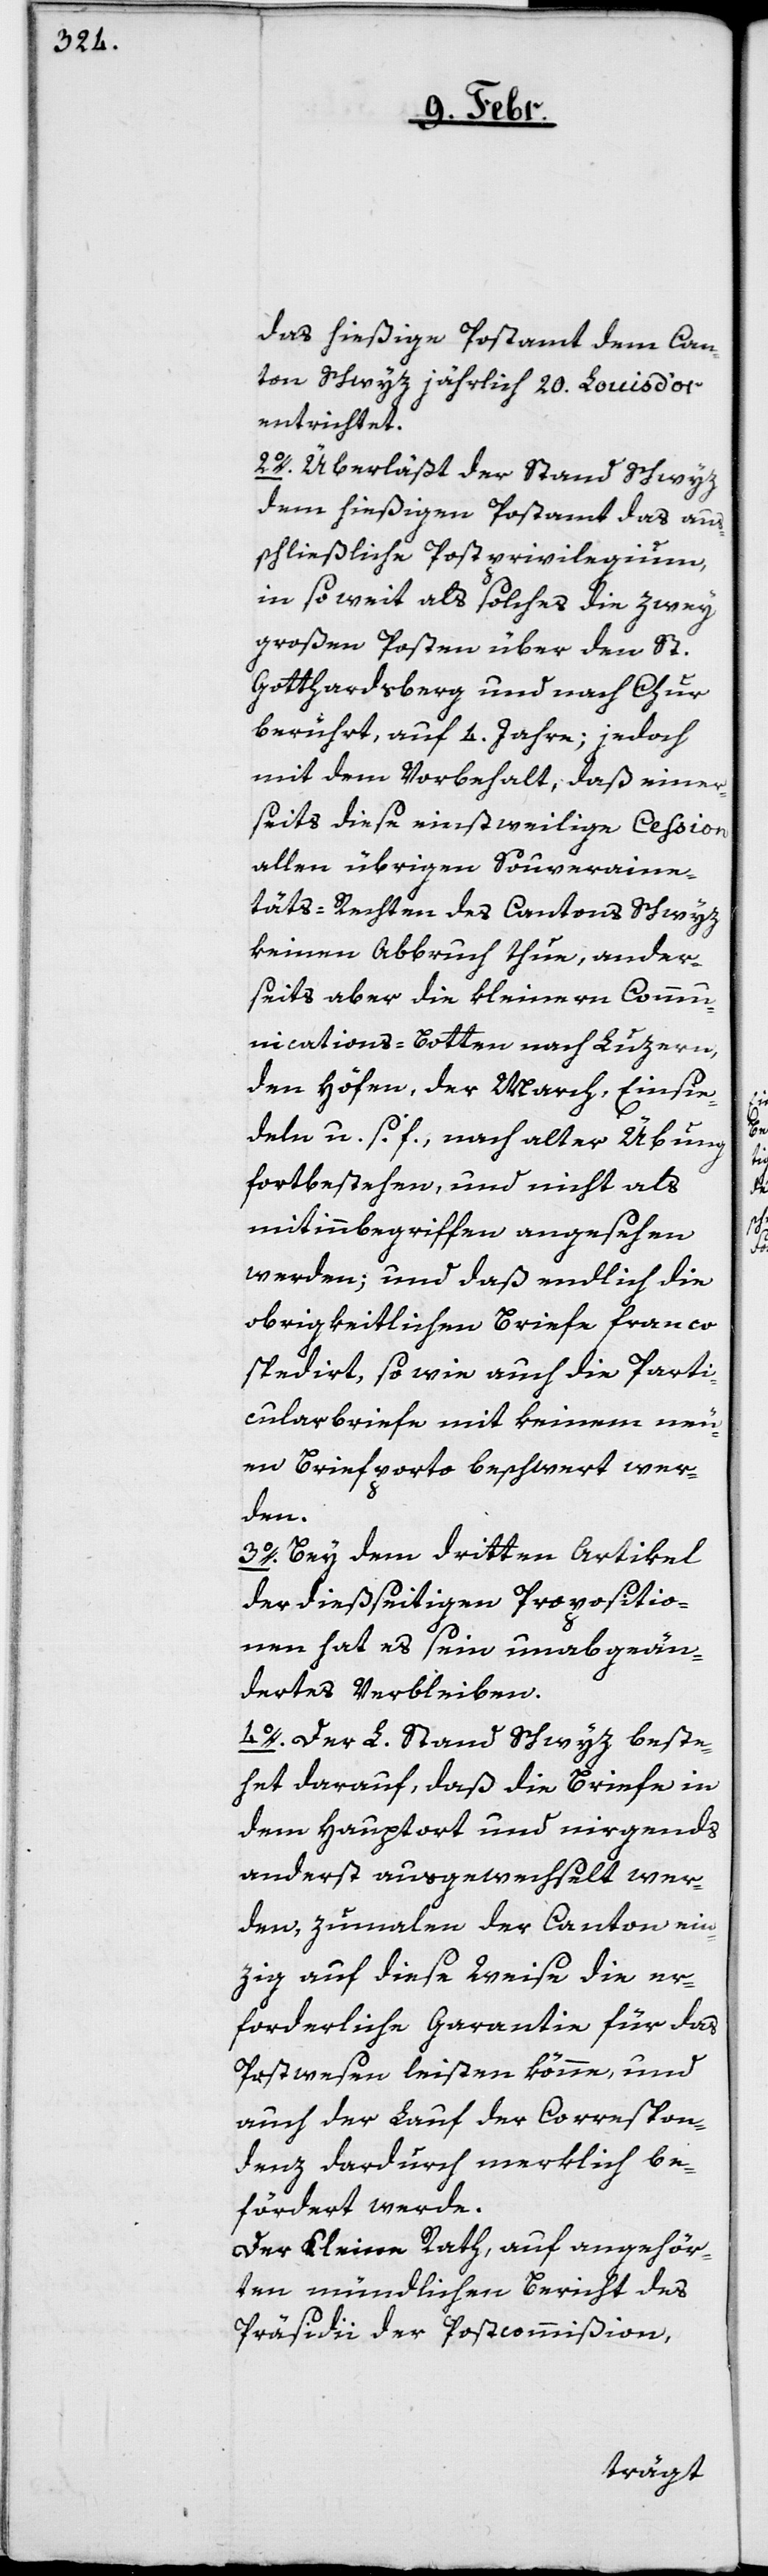
das hießige Postamt dem Can¬
ton Schwyz jährlich 20. Louisd’or
entrichtet.
2o. Überläßt der Stand Schwyz
dem hießigen Postamt das aus¬
schließliche Postprivilegium,
in so weit als solches die zwey
großen Posten über den St.
Gotthardsberg und nach Chur
berührt, auf 4. Jahre; jedoch
mit dem Vorbehalt, daß einer¬
seits diese einstweilige Cession
allen übrigen Souveraine¬
täts-Rechten des Cantons Schwyz
keinen Abbruch thun, ander¬
seits aber die kleinern Commu¬
nications-Botten nach Luzern,
den Höfen, der March, Einsie¬
deln u. s. f., nach alter Übung
fortbestehen, und nicht als
mitinbegriffen angesehen
werden; und daß endlich die
obrigkeitlichen Briefe franco
spedirt, so wie auch die Parti¬
cularbriefe mit keinem neu¬
en Briefporto beschwert wer¬
den.
3o. Bey dem dritten Artikel
der dießseitigen Propositio¬
nen hat es sein unabgeän¬
dertes Verbleiben.
4o. Der L. Stand Schwyz beste¬
het darauf, daß die Briefe in
dem Hauptort und nirgends
anderst ausgewechselt wer¬
den, zumalen der Canton ein¬
zig auf diese Weise die er¬
forderliche Garantie für das
Postwesen leisten könne, und
auch der Lauf der Correspon¬
denz dardurch merklich be¬
fördert werde.
Der Kleine Rath, auf angehör¬
ten mündlichen Bericht des
Präsidii der Postcommißion,